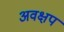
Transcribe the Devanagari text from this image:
अवक्षप